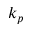
k _ { p }